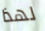
لهذا